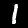
Digit: 1